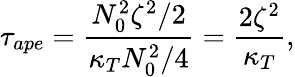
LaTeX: \tau_{ape}=\frac{N_{0}^{2}\zeta^{2}/2}{\kappa_{T}N_{0}^{2}/4}=\frac{2\zeta^{2}}{\kappa_{T}},